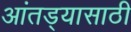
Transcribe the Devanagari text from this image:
आंतड्यासाठी